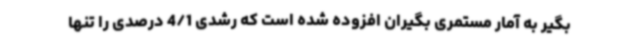
بگیر به آمار مستمری بگیران افزوده شده است که رشدی 4/1 درصدی را تنها